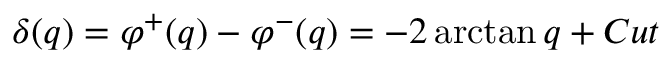
\delta ( q ) = \varphi ^ { + } ( q ) - \varphi ^ { - } ( q ) = - 2 \arctan q + C u t